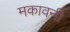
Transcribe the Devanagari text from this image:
मकावनी